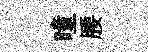
曈腰